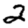
Digit: 2